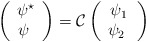
\begin{align*}\left( \begin{array}{c} \psi^\star \\ \psi \ \end{array} \right) = \mathcal{C} \left(\begin{array}{c} \psi_1 \\ \psi_2 \ \end{array}\right)\end{align*}